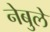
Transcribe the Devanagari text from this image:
नेबुले